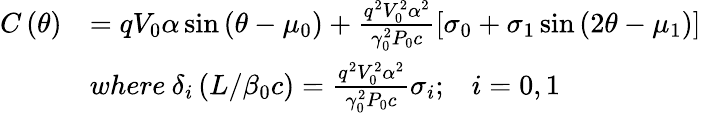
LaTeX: \begin{array}{rl}{C\left(\theta\right)}&{=qV_{0}\alpha\sin\left(\theta-\mu_{0}\right)+\frac{q^{2}V_{0}^{2}\alpha^{2}}{\gamma_{0}^{2}P_{0}c}\left[\sigma_{0}+\sigma_{1}\sin\left(2\theta-\mu_{1}\right)\right]}\\ &{where\: \delta_{i}\left(L/\beta_{0}c\right)=\frac{q^{2}V_{0}^{2}\alpha^{2}}{\gamma_{0}^{2}P_{0}c}\sigma_{i};\; \; \; i=0,1}\end{array}